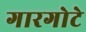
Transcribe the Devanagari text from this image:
गारगोटे